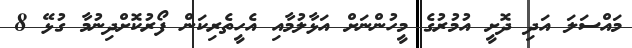
މައްސަލަ އަދި ދޮށީ އުމުރުގެ މީހުންނަށް އަޅާލުމާއި އެހީތެރިކަން ފޯރުކޮށްދިނުމާ ގުޅޭ 8